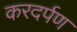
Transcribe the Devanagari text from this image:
करदर्पण